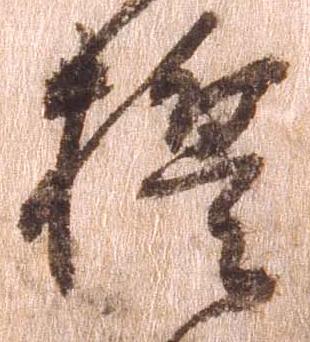
誓